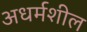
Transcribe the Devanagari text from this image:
अधर्मशील